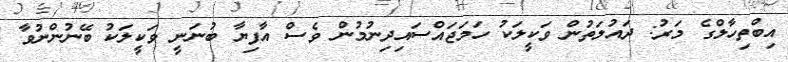
އިބްތިހާލްގެ މަރު: ދައުލަތުން ވަކީލަކު ހަމަޖައްސައިދިނުމުން ވެސް އާފިޔާ ބުނަނީ ވަކީލަކު ބޭނުންނުވާ